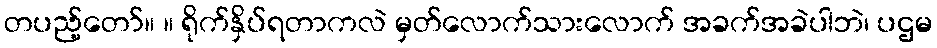
တပည့်တော်။ ။ ရိုက်နှိပ်ရတာကလဲ မှတ်လောက်သားလောက် အခက်အခဲပါဘဲ၊ ပဌမ